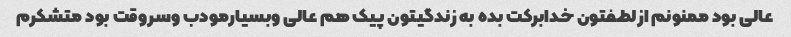
عالی بود ممنونم ازلطفتون خدابرکت بده به زندگیتون پیک هم عالی وبسیارمودب وسروقت بود متشکرم